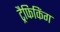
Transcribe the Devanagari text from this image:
ट्रैफिकिंग